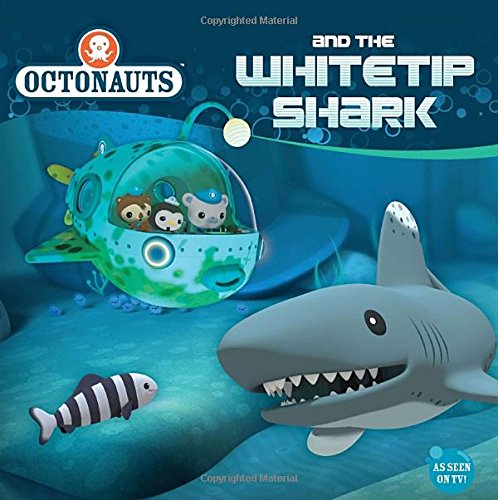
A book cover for Octonauts and the Whitetip Shark; Grosset & Dunlap; Children's Books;